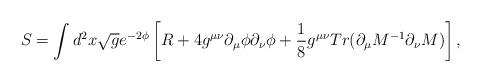
LaTeX: \begin{align*}S = \int d^2 x \sqrt{g} e^{-2\phi} \left[ R + 4 g^{\mu \nu}\partial_{\mu}\phi \partial_\nu\phi + \frac{1}{8} g^{\mu \nu}Tr( \partial_\mu M^{-1} \partial_\nu M) \right],\end{align*}